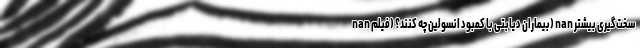
nan بیماران دیابتی با کمبود انسولین چه کنند؟ (فیلم) nan سخت‌گیری بیشتر